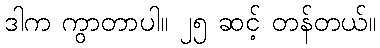
ဒါက ကွာတာပါ။ ၂၅ ဆင့် တန်တယ်။